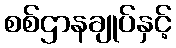
စစ်ဌာနချုပ်နှင့်